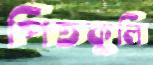
পিতকুলি